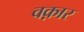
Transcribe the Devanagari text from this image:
वक़ार